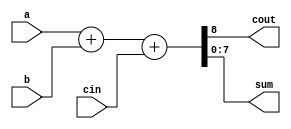
module add_bx(cout,sum,a,b,cin);
output[7:0] sum;
output cout;
input[7:0] a,b;
input cin;
assign {cout,sum}=a+b+cin;
endmodule